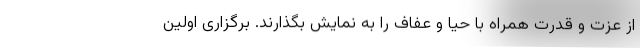
از عزت و قدرت همراه با حیا و عفاف را به نمایش بگذارند. برگزاری اولین